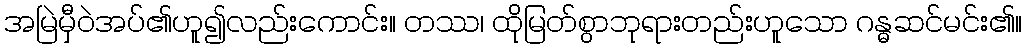
အမြဲမှီဝဲအပ်၏ဟူ၍လည်းကောင်း။ တဿ၊ ထိုမြတ်စွာဘုရားတည်းဟူသော ဂန္ဓဆင်မင်း၏။